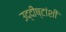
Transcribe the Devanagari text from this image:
उद्दीष्टांशी